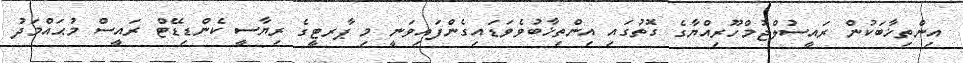
އިންތިޚާބަކުން ރައީސުލްޖުމްހޫރިއްޔާގެ ގޮތުގައި އިންތިޚާބުވެވަޑައިގެންފައިވަނީ މި ޕާރޓީގެ ރިޔާސީ ކެންޑިޑޭޓް ރައީސް މުޙައްމަދު